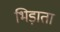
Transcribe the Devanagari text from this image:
भिड़ाता